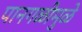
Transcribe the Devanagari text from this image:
पानगळीमुळे